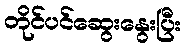
တိုင်ပင်ဆွေးနွေးပြီး